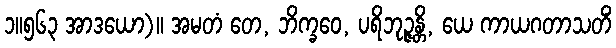
၁။၅၆၃ အာဒယော)။ အမတံ တေ, ဘိက္ခဝေ, ပရိဘုဉ္ဇန္တိ, ယေ ကာယဂတာသတိံ